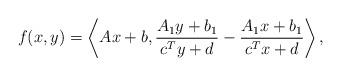
LaTeX: \begin{align*}f(x,y)=\left\langle Ax+b, \frac{A_1y+b_1}{c^Ty+d}-\frac{A_1x+b_1}{c^Tx+d}\right\rangle,\end{align*}